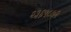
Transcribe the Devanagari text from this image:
२३६५८७२